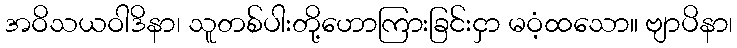
အဝိသယဝါဒိနာ၊ သူတစ်ပါးတို့ဟောကြားခြင်းငှာ မဝံ့ထသော။ ဗျာပိနာ၊